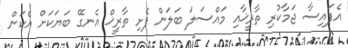
އެފައިސާ ޖަމާކުރި ތާރީޚާއި މައްސަލަ ބަލަން ފެށި ތާރީޚް އެނގޭ ބަޔަކަށް އެކަން